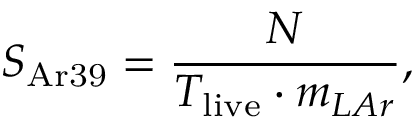
S _ { \mathrm { A r 3 9 } } = \frac { N } { T _ { \mathrm { l i v e } } \cdot m _ { L A r } } ,